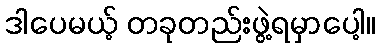
ဒါပေမယ့် တခုတည်းဖွဲ့ရမှာပေါ့။